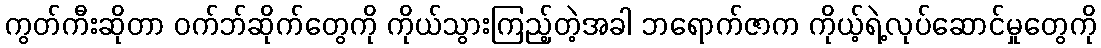
ကွတ်ကီးဆိုတာ ဝက်ဘ်ဆိုက်တွေကို ကိုယ်သွားကြည့်တဲ့အခါ ဘရောက်ဇာက ကိုယ့်ရဲ့လုပ်ဆောင်မှုတွေကို